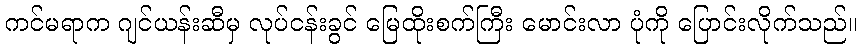
ကင်မရာက ဂျင်ယန်းဆီမှ လုပ်ငန်းခွင် မြေထိုးစက်ကြီး မောင်းလာ ပုံကို ပြောင်းလိုက်သည်။